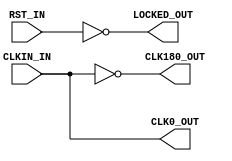
module x_s3e_dcm (
	input  wire CLKIN_IN,		 // 主时钟
	input  wire RST_IN,			 // 异步复位
	output wire CLK0_OUT,		 // 与CLKIN_IN相同频率的输出（φ0）
	output wire CLK180_OUT,		 // 与CLKIN_IN相同频率的输出（φ180）
	output wire LOCKED_OUT		 // 锁频信号（高电平有效）
);

	/********** 输出时钟 **********/
	assign CLK0_OUT	  = CLKIN_IN;
	assign CLK180_OUT = ~CLKIN_IN;
	assign LOCKED_OUT = ~RST_IN;
   
endmodule